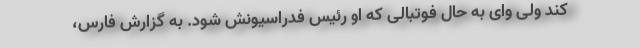
کند ولی وای به حال فوتبالی که او رئیس فدراسیونش شود. به گزارش فارس،